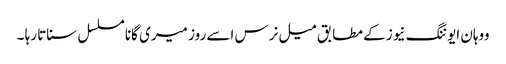
ووہان ایوننگ نیوز کے مطابق میل نرس اسے روز میری گانا مسلسل سناتا رہا ۔